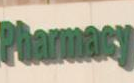
Pharmacy